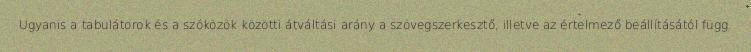
Ugyanis a tabulátorok és a szóközök közötti átváltási arány a szövegszerkesztő, illetve az értelmező beállításától függ.